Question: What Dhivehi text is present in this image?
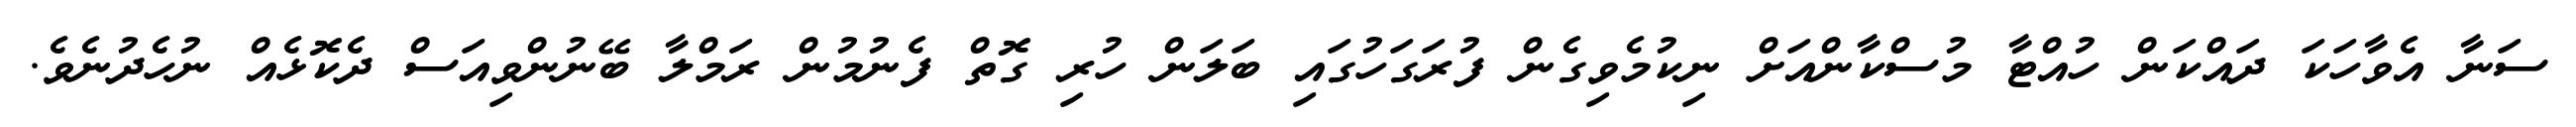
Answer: ސަނާ އެވާހަކަ ދައްކަން ހުއްޓާ މުސްކާންއަށް ނިކުމެވިގެން ފުރަގަހުގައި ބަލަން ހުރި ގޮތް ފެނުމުން ރަމްލާ ބޭނުންވިއަސް ދެކޮޅެއް ނުހެދުނެވެ.